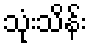
သုံးသိန်း